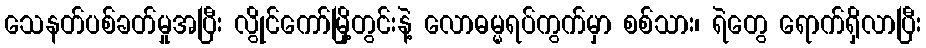
သေနတ်ပစ်ခတ်မှုအပြီး လွိုင်ကော်မြို့တွင်းနဲ့ လောဓမ္မရပ်ကွက်မှာ စစ်သား၊ ရဲတွေ ရောက်ရှိလာပြီး